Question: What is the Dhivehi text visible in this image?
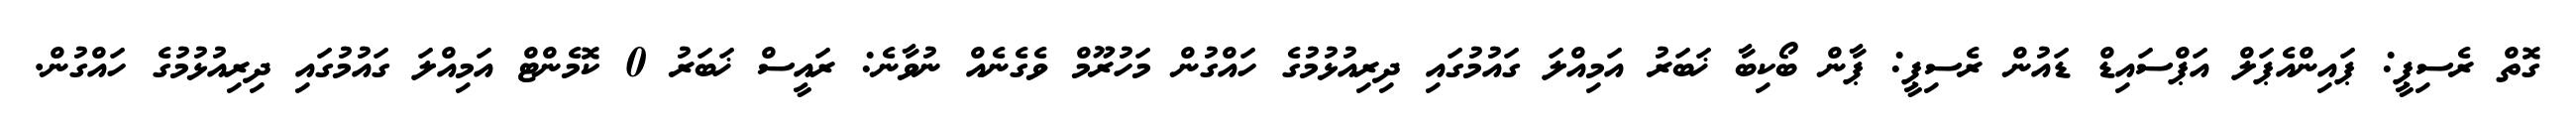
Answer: ގޮތް ރެސިޕީ: ޕައިންއެޕަލް އަޕްސައިޑް ޑައުން ރެސިޕީ: ޕާން ބޯކިބާ ޚަބަރު އަމިއްލަ ގައުމުގައި ދިރިއުޅުމުގެ ހައްގުން މަހުރޫމް ވެގެނެއް ނުވާނެ: ރައީސް ޚަބަރު 0 ކޮމެންޓް އަމިއްލަ ގައުމުގައި ދިރިއުޅުމުގެ ހައްގުން.